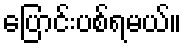
ပြောင်းပစ်ရမယ်။